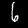
Label: 6